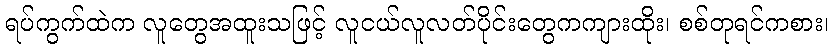
ရပ်ကွက်ထဲက လူတွေအထူးသဖြင့် လူငယ်လူလတ်ပိုင်းတွေကကျားထိုး၊ စစ်တုရင်ကစား၊